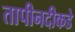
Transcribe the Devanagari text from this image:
तापीनदीकडे